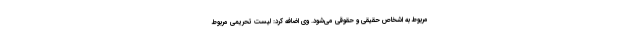
مربوط به اشخاص حقیقی و حقوقی می‌شود. وی اضافه کرد: لیست تحریمی مربوط